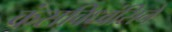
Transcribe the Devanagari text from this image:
कंसविध्वंसिने